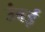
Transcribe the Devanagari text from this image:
उंबई